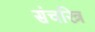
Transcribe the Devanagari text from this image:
संचरित्र